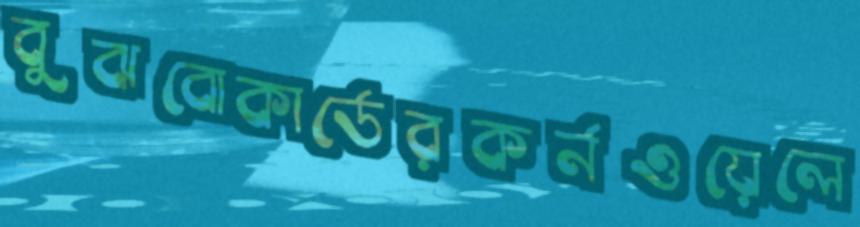
বুঝবোকার্ডেরকর্নওয়েলে